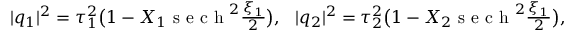
\begin{array} { r } { \lvert q _ { 1 } \rvert ^ { 2 } = \tau _ { 1 } ^ { 2 } \big ( 1 - X _ { 1 } \mathrm { ~ s ~ e ~ c ~ h ~ } ^ { 2 } \frac { \xi _ { 1 } } { 2 } \big ) , ~ ~ \lvert q _ { 2 } \rvert ^ { 2 } = \tau _ { 2 } ^ { 2 } \big ( 1 - X _ { 2 } \mathrm { ~ s ~ e ~ c ~ h ~ } ^ { 2 } \frac { \xi _ { 1 } } { 2 } \big ) , } \end{array}